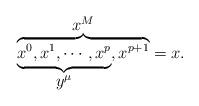
LaTeX: \begin{align*}\overbrace{\underbrace{x^0,x^1,\cdots,x^p}_{\displaystyle{y^{\mu}}},x^{p+1}}^{\displaystyle{x^M}}=x.\end{align*}